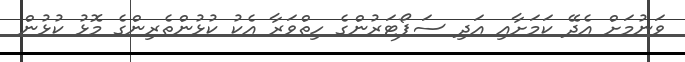
ވަނުމަށް އެދޭ ކަމަށާއި އަދި ސަޕޯޓަރުންގެ ހިތްވަރާ އެކު ކުޅުންތެރިންގެ މޮޅު ކުޅުން